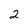
Character: 2